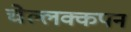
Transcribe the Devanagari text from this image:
चेल्लक्कपन